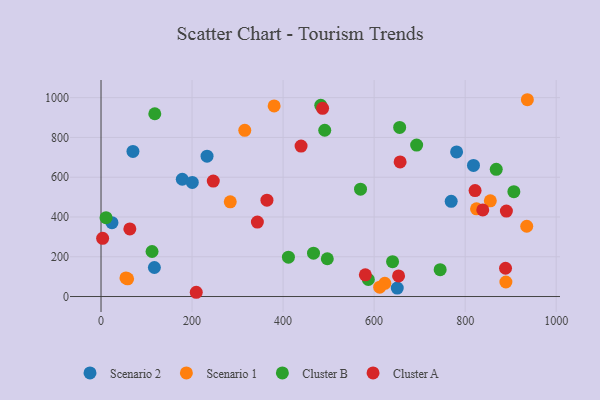
{"axis": {"x": "Study Hours", "y": "Salary"}, "legend": ["Cluster A", "Cluster B", "Scenario 1", "Scenario 2"], "data": [{"x": "781.2", "y": 727.0, "type": "Scenario 2"}, {"x": "232.9", "y": 706.0, "type": "Scenario 2"}, {"x": "178.5", "y": 589.6, "type": "Scenario 2"}, {"x": "200.5", "y": 573.7, "type": "Scenario 2"}, {"x": "818.3", "y": 659.0, "type": "Scenario 2"}, {"x": "70.1", "y": 729.8, "type": "Scenario 2"}, {"x": "650.8", "y": 42.3, "type": "Scenario 2"}, {"x": "769.3", "y": 478.6, "type": "Scenario 2"}, {"x": "117.2", "y": 146.0, "type": "Scenario 2"}, {"x": "24.0", "y": 371.5, "type": "Scenario 2"}, {"x": "283.9", "y": 476.0, "type": "Scenario 1"}, {"x": "935.3", "y": 353.3, "type": "Scenario 1"}, {"x": "936.7", "y": 989.6, "type": "Scenario 1"}, {"x": "380.3", "y": 958.2, "type": "Scenario 1"}, {"x": "889.5", "y": 73.0, "type": "Scenario 1"}, {"x": "623.5", "y": 66.5, "type": "Scenario 1"}, {"x": "58.4", "y": 89.0, "type": "Scenario 1"}, {"x": "315.8", "y": 835.5, "type": "Scenario 1"}, {"x": "54.7", "y": 93.6, "type": "Scenario 1"}, {"x": "825.0", "y": 440.9, "type": "Scenario 1"}, {"x": "855.3", "y": 481.0, "type": "Scenario 1"}, {"x": "612.2", "y": 47.0, "type": "Scenario 1"}, {"x": "482.8", "y": 961.6, "type": "Cluster B"}, {"x": "491.5", "y": 836.2, "type": "Cluster B"}, {"x": "466.8", "y": 217.9, "type": "Cluster B"}, {"x": "693.4", "y": 761.8, "type": "Cluster B"}, {"x": "907.0", "y": 527.0, "type": "Cluster B"}, {"x": "411.7", "y": 197.8, "type": "Cluster B"}, {"x": "745.1", "y": 134.8, "type": "Cluster B"}, {"x": "640.5", "y": 175.2, "type": "Cluster B"}, {"x": "656.1", "y": 850.2, "type": "Cluster B"}, {"x": "112.1", "y": 226.5, "type": "Cluster B"}, {"x": "868.3", "y": 639.5, "type": "Cluster B"}, {"x": "570.1", "y": 539.7, "type": "Cluster B"}, {"x": "497.1", "y": 190.0, "type": "Cluster B"}, {"x": "118.1", "y": 919.1, "type": "Cluster B"}, {"x": "587.3", "y": 85.7, "type": "Cluster B"}, {"x": "11.0", "y": 396.3, "type": "Cluster B"}, {"x": "653.7", "y": 103.4, "type": "Cluster A"}, {"x": "657.1", "y": 676.7, "type": "Cluster A"}, {"x": "3.5", "y": 292.7, "type": "Cluster A"}, {"x": "209.2", "y": 21.4, "type": "Cluster A"}, {"x": "888.7", "y": 142.2, "type": "Cluster A"}, {"x": "580.7", "y": 109.3, "type": "Cluster A"}, {"x": "63.3", "y": 339.8, "type": "Cluster A"}, {"x": "838.7", "y": 435.4, "type": "Cluster A"}, {"x": "890.6", "y": 429.5, "type": "Cluster A"}, {"x": "486.8", "y": 946.3, "type": "Cluster A"}, {"x": "364.5", "y": 484.5, "type": "Cluster A"}, {"x": "821.8", "y": 532.9, "type": "Cluster A"}, {"x": "439.5", "y": 756.6, "type": "Cluster A"}, {"x": "343.5", "y": 374.6, "type": "Cluster A"}, {"x": "246.6", "y": 580.6, "type": "Cluster A"}]}